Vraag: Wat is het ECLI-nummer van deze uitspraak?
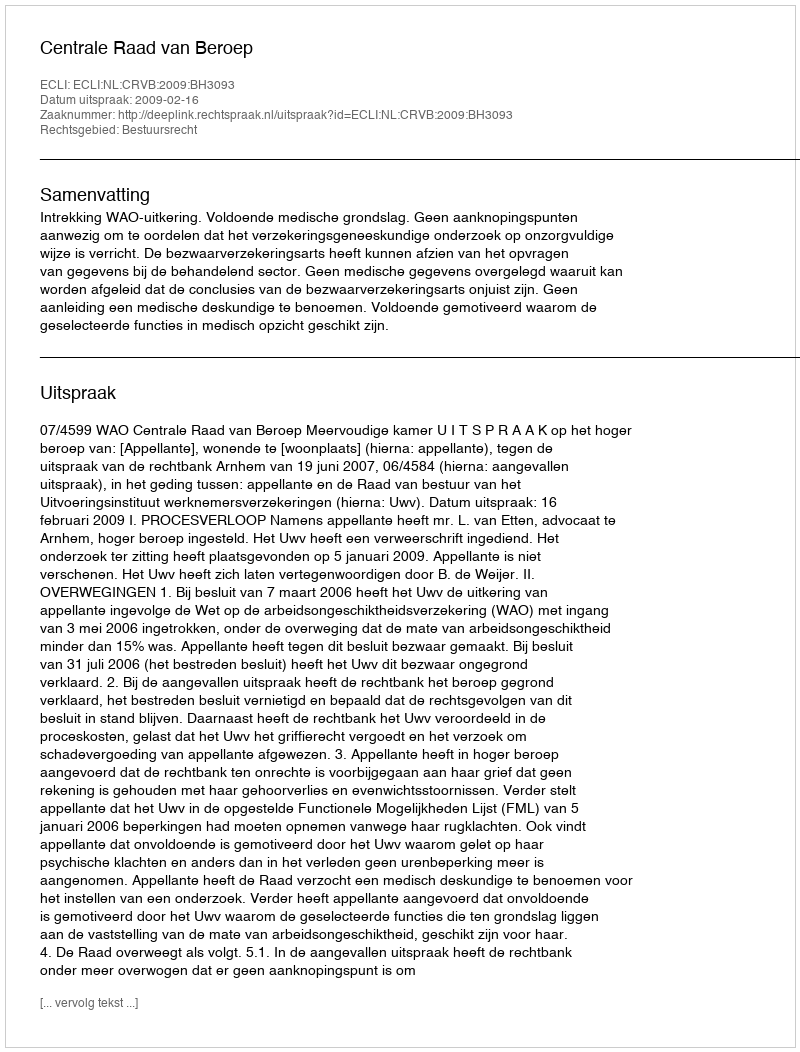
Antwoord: ECLI:NL:CRVB:2009:BH3093